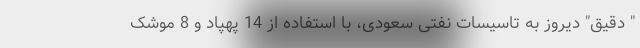
" دقیق" دیروز به تاسیسات نفتی سعودی، با استفاده از 14 پهپاد و 8 موشک